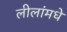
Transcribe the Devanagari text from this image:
लीलांमधे